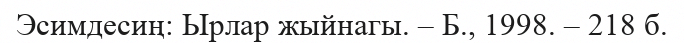
Эсимдесиң: Ырлар жыйнагы. – Б., 1998. – 218 б.